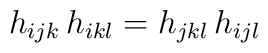
h_{ijk}\,h_{ikl}=h_{jkl}\,h_{ijl}